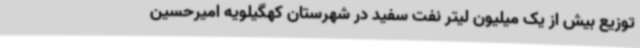
توزیع بیش از یک میلیون لیتر نفت سفید در شهرستان کهگیلویه امیرحسین